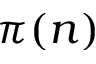
\pi ( n )